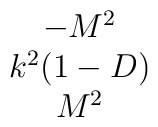
\begin{array}{c}-M^2\\k^2(1-D)\\ M^2\end{array}